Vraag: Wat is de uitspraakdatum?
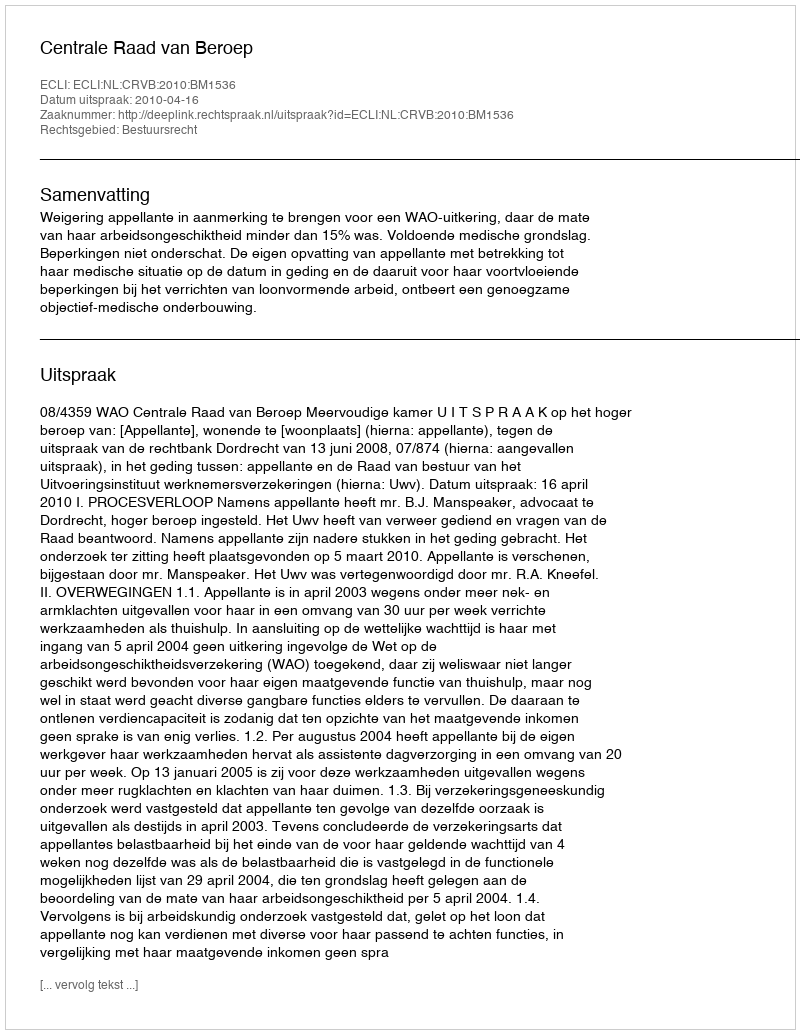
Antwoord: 2010-04-16